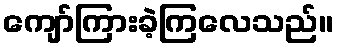
ကျော်ကြားခဲ့ကြလေသည်။